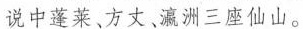
说中蓬莱、方丈、瀛洲三座仙山。